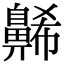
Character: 𪖥